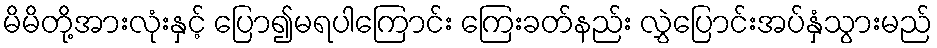
မိမိတို့အားလုံးနှင့် ပြော၍မရပါကြောင်း ကြေးခတ်နည်း လွှဲပြောင်းအပ်နှံသွားမည်